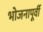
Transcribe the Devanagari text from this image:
भोजनापूर्वी